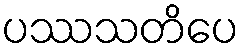
ပဿသတိပေ